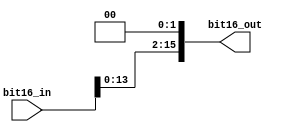
/////////////////////////////multiplying by 2
module shift_2(bit16_in, bit16_out); 
 
input [15:0] bit16_in ;
output [15:0]  bit16_out ;
assign bit16_out = bit16_in << 2; 
endmodule